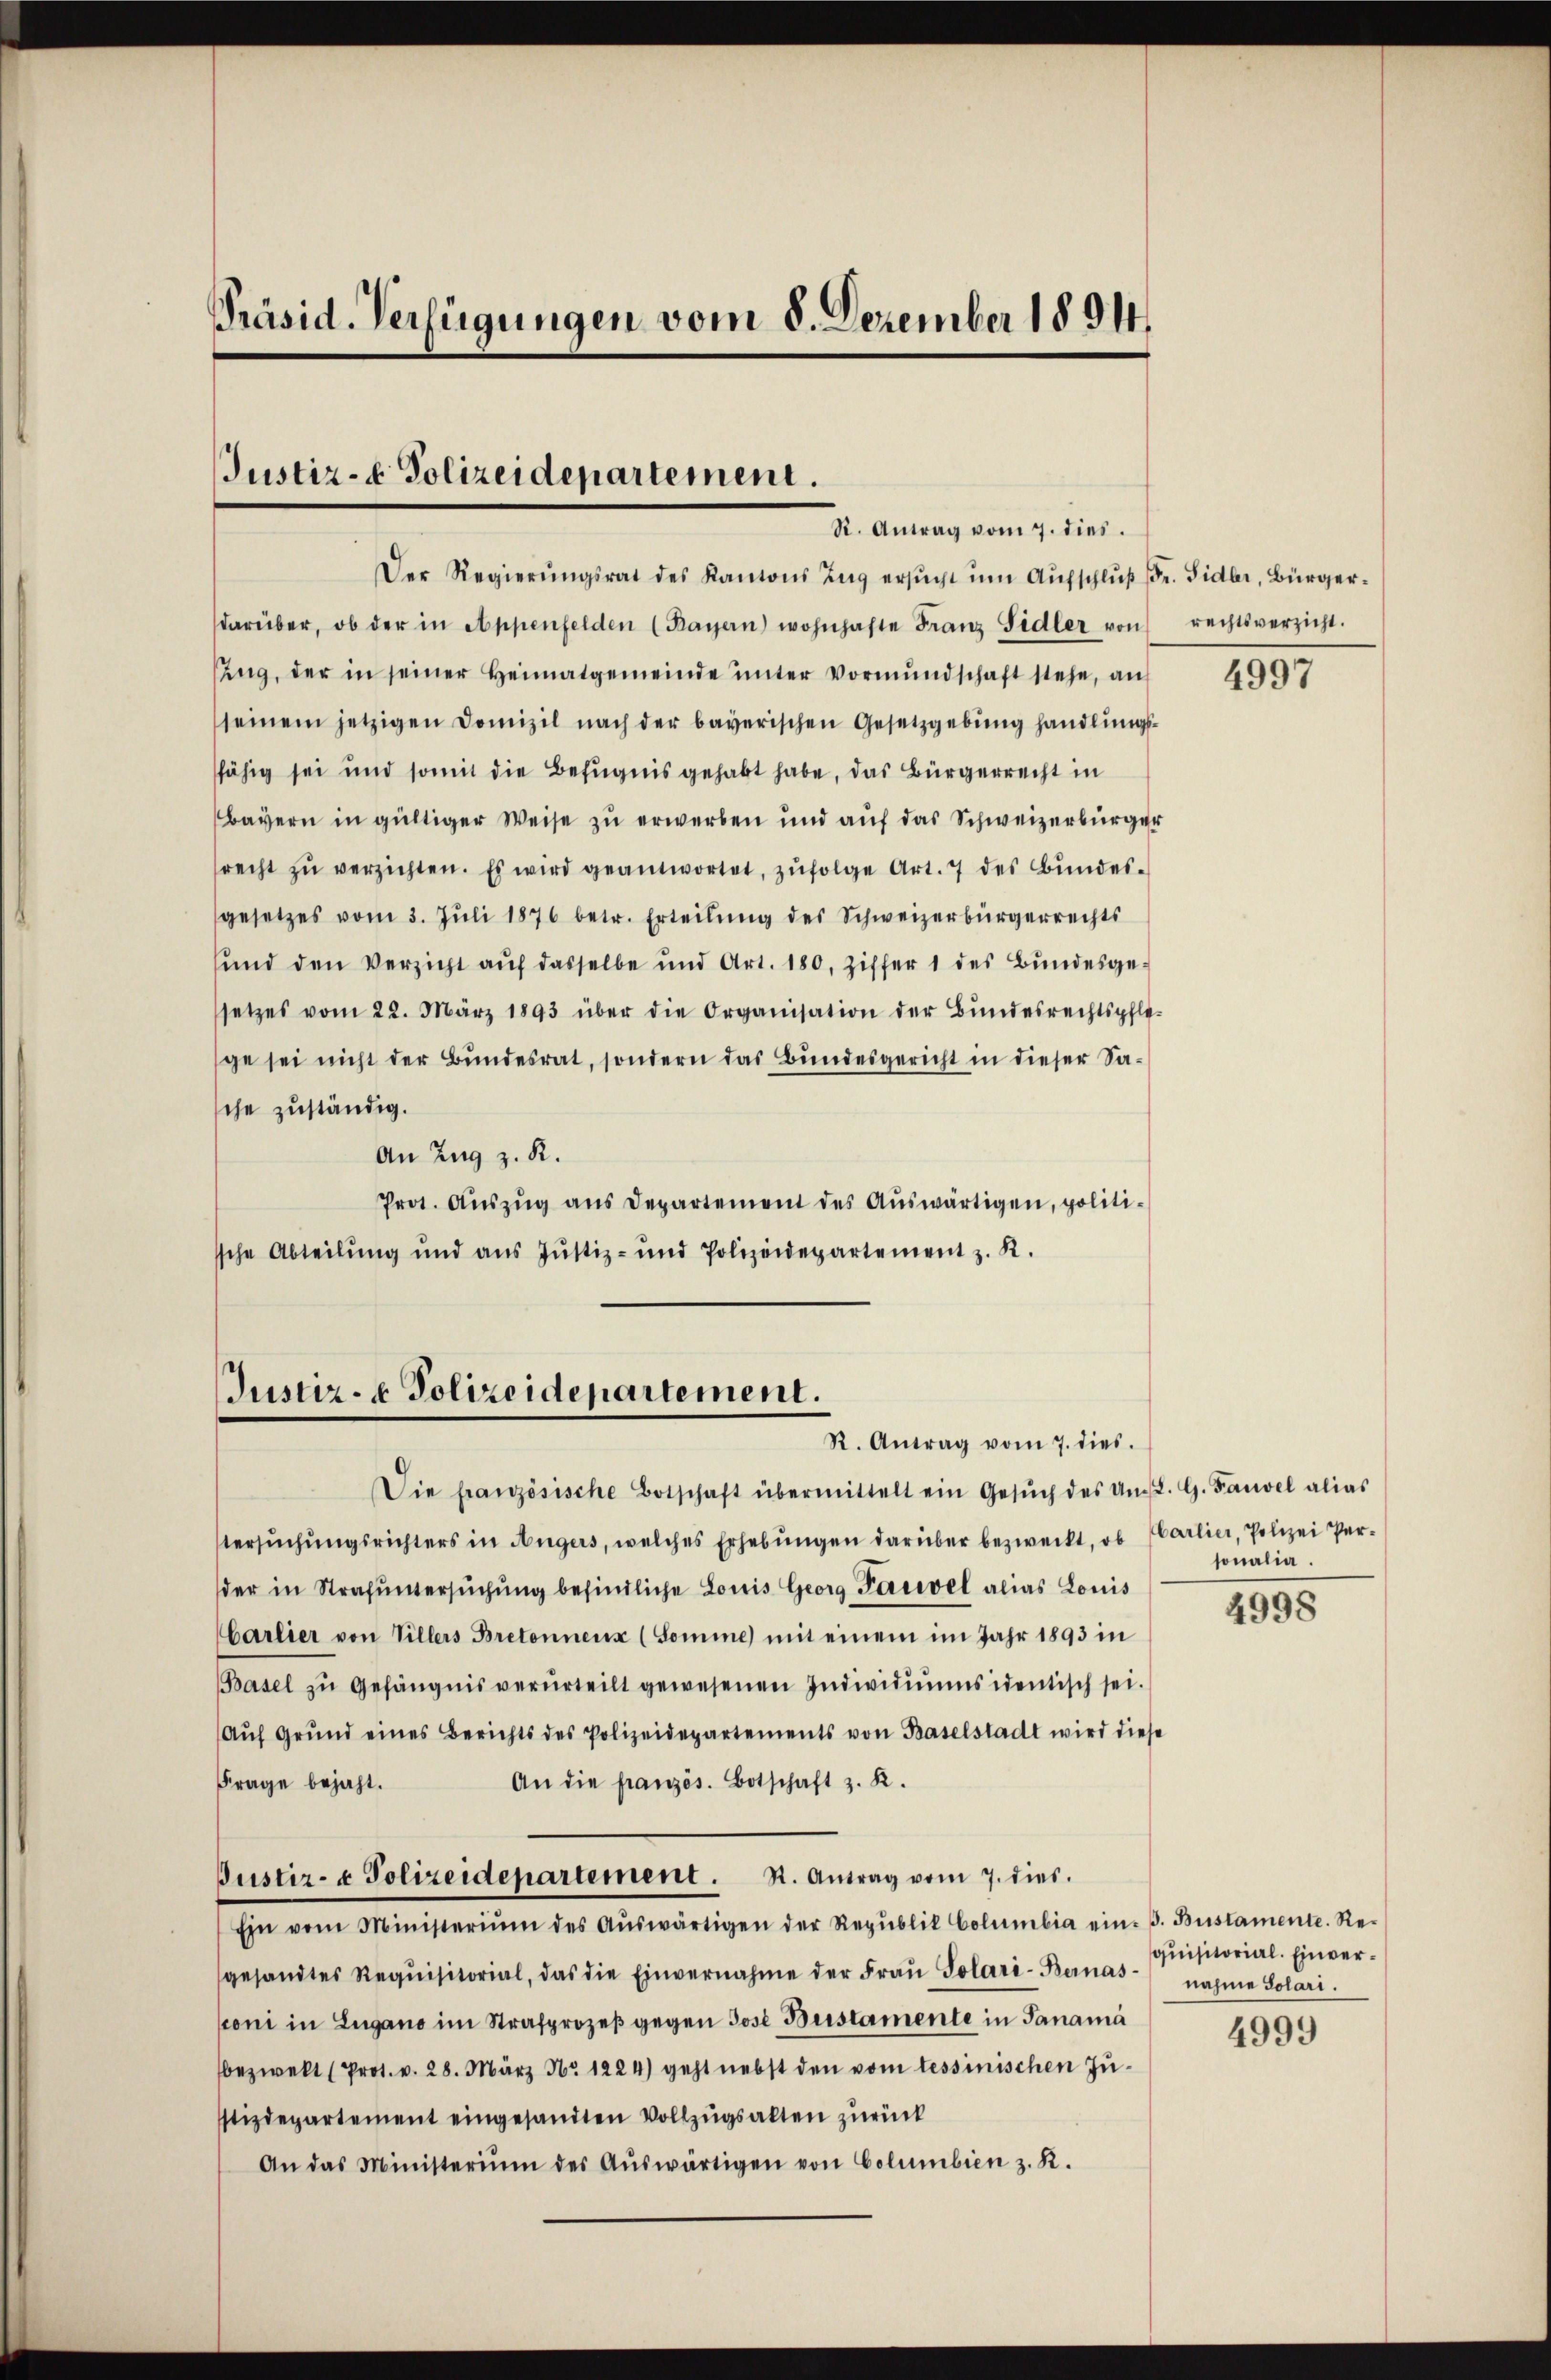
Präsid. Verfügungen vom 8. Dezember 1894.

Justiz- & Polizeidepartement.
R. Antrag vom 7. dies.

Der Regierŭngsrat des Kantons Zug ersŭcht ŭm Aŭfschlŭβ fr. Sidler, Bürger-
darüber, ob der in Appenfelden (Bayern) wohnhafte Franz Sidler von rechtsverzicht.
sung, der in seiner Heimatgemeinde ŭnter Vormŭndschaft stehe, an
seinem jetzigen Domizil nach der bayerischen Gesetzgebŭng handlŭngs-
fähig sei und somit die Befugnis gehabt habe, das Bürgerrecht in
Bayern in gültiger Weise zu erwerben und auf das Schweizerbürger
recht zŭ verzichten. Es wird geantwortet, zŭfolge Art. 7 des Bŭndes-
gesetzes vom 3. Jŭli 1876 betr. Erteilŭng des Schweizerbürgerrechts
und den Verzicht aŭf dasselbe und Art. 180. Ziffer 1 des Bŭndesge-
setzes vom 22. März 1893 über die Organisation der Bundesrechtspflege sei nicht der Bundesrat, sondern das Bundesgericht in dieser Sache zuständig.
An Zug z. R.
Prot. Auszug aus Departement des Auswärtigen, politische Abteilung und aus Justiz- und Polizeidepartement z. R.

Justiz- & Polizeidepartement.
R. Antrag vom 7. dies.

Die französische Botschaft übermittelt ein Gesŭch des Amt. G. Fauvel alias
tersŭchŭngsrichters in Angers, welches Erhebŭngen darüber bezweckt, ob Harlier, Polizei Per-
der in Strafuntersŭchŭng befindliche Louis Georg Paniel alias Louis
Carlier von Villers Bretonnenz (Somme mit einem im Jahr 1893 in
Basel zŭ Gefängnis verurteilt gewesenen Individiŭmsidentisch sei.
Aŭf Grŭnd eines Berichts des Polizeidepartements von Baselstadt wird diese
An die französ. Botschaft z. K.
Frage bejaht.
Justiz- & Polizeidepartement. St. Antrag vom 7. dies.
Ein vom Ministerium des Aŭswärtigen der Republik Columbia ein. B. Bestamente. Regesandtes Requisitorial, das die Einvernahme der Fraŭ Solar-Bernas nahme Solari.
sconi in Lugano im Strafprozeβ gegen Jose Bestamente in Panama
bezwekt (Prot. v. 28. März No. 1224) geht nebst den vom tessinischen Justizdepartement eingesandten Vollzugsalten zurück
An das Ministerium des Aŭswärtigen von Columbien z. R.

4997

sonalia.

4998

quisitorial. Einver¬

4999